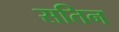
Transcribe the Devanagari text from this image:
सतिन